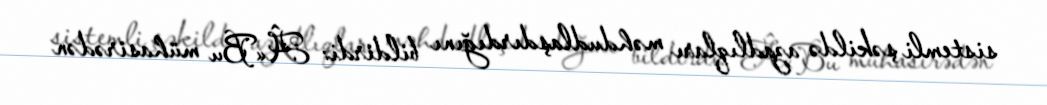
sistemli şəkildə azadlıqları məhdudlaşdırdığını bildirdi: Â«Bu mühasirədən